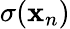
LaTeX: \sigma(\mathbf{x}_{n})